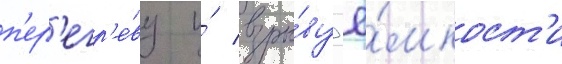
п'ер'егр'е́ву и́ взры́ву ё́мкост'и